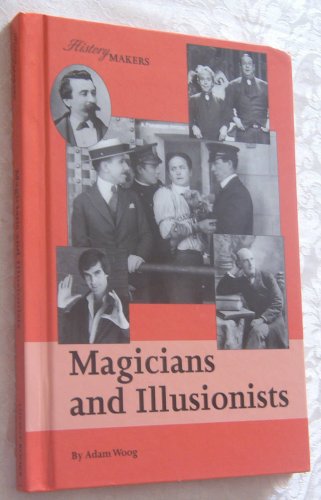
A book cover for Magicians and Illusionists (History Makers (Lucent)); Adam Woog; Teen & Young Adult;